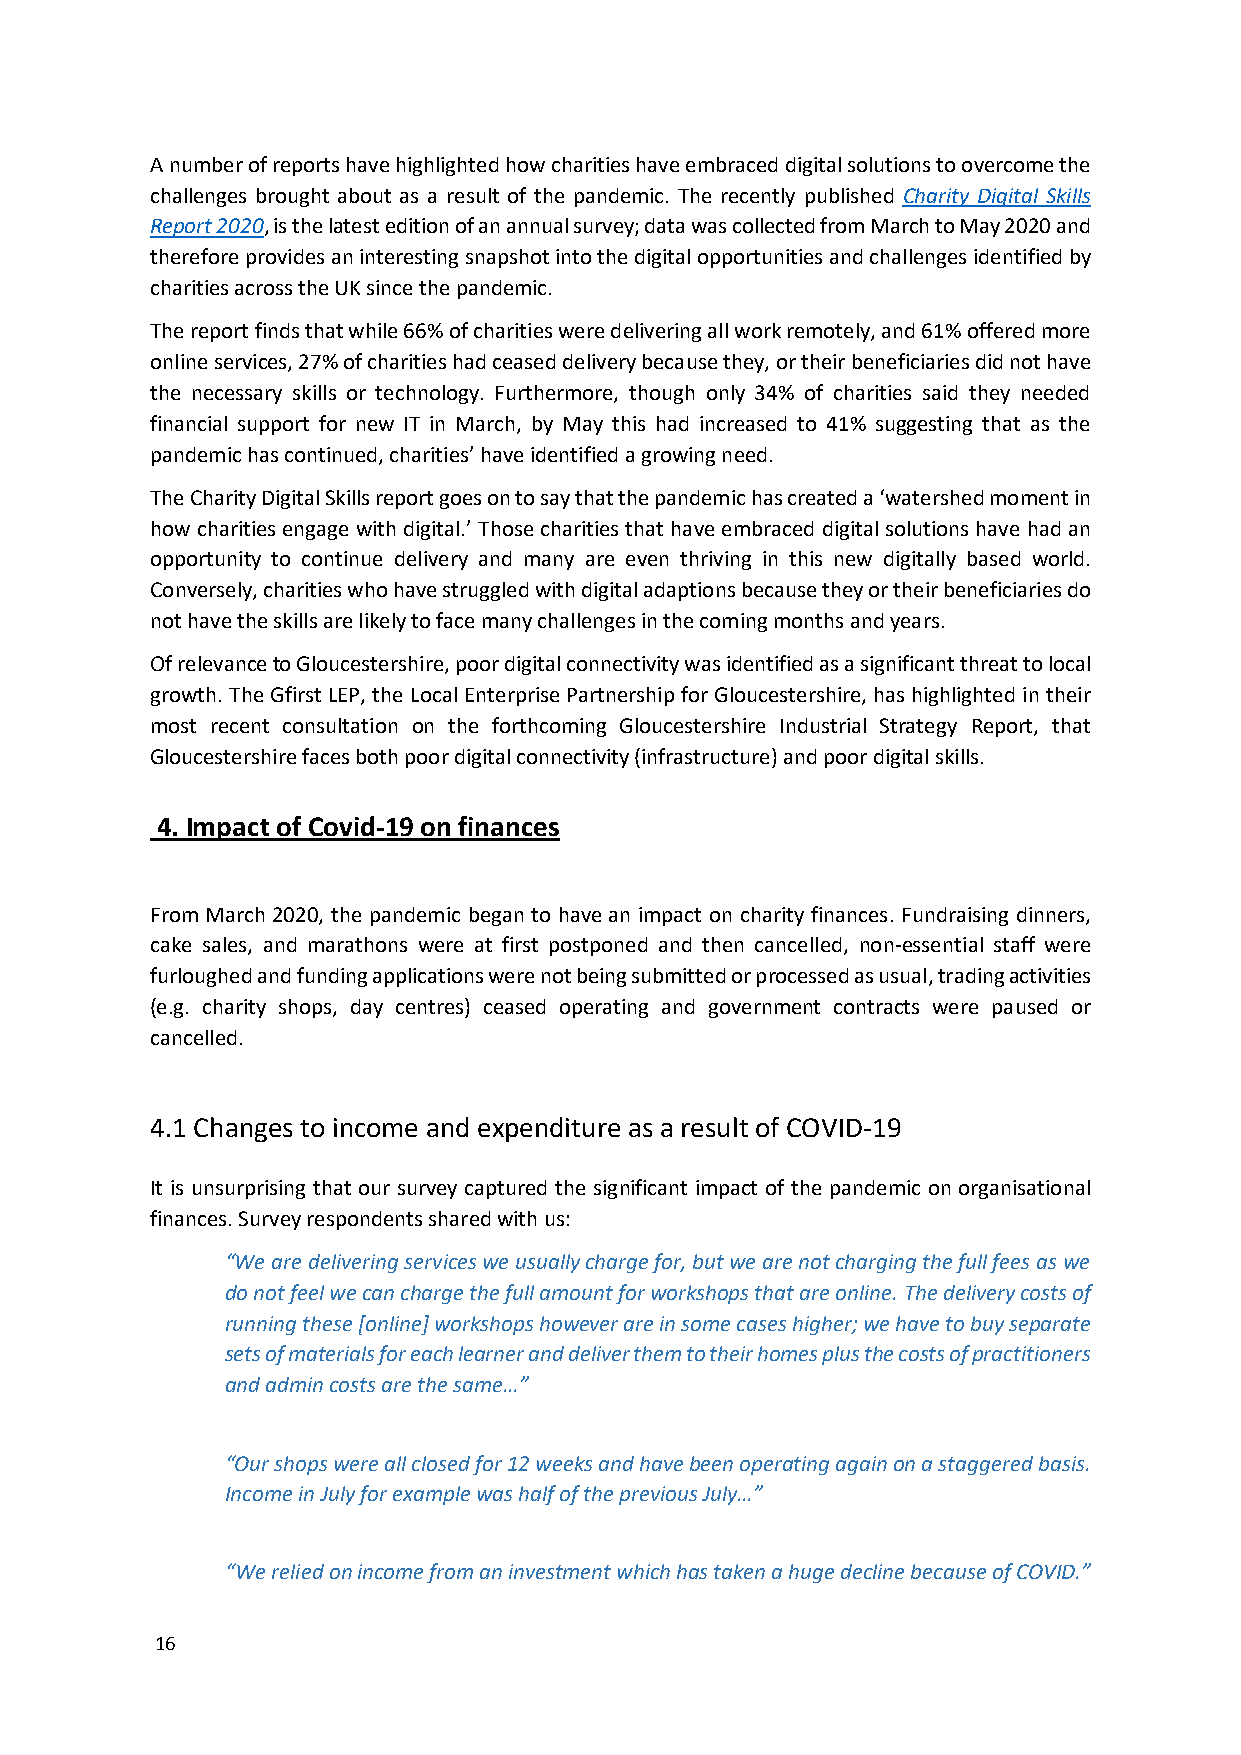
A number of reports have highlighted how charities have embraced digital solutions to overcome the
 challenges brought about as a result of the pandemic. The recently published Charity Digital Skills
 Report 2020, is the latest edition of an annual survey; data was collected from March to May 2020 and
 therefore provides an interesting snapshot into the digital opportunities and challenges identified by
 charities across the UK since the pandemic.
 The report finds that while 66% of charities were delivering all work remotely, and 61% offered more
 online services, 27% of charities had ceased delivery because they, or their beneficiaries did not have
 the necessary skills or technology. Furthermore, though only 34% of charities said they needed
 financial support for new IT in March, by May this had increased to 41% suggesting that as the
 pandemic has continued, charities’ have identified a growing need.
 The Charity Digital Skills report goes on to say that the pandemic has created a ‘watershed moment in
 how charities engage with digital.’ Those charities that have embraced digital solutions have had an
 opportunity to continue delivery and many are even thriving in this new digitally based world.
 Conversely, charities who have struggled with digital adaptions because they or their beneficiaries do
 not have the skills are likely to face many challenges in the coming months and years.
 Of relevance to Gloucestershire, poor digital connectivity was identified as a significant threat to local
 growth. The Gfirst LEP, the Local Enterprise Partnership for Gloucestershire, has highlighted in their
 most recent consultation on the forthcoming Gloucestershire Industrial Strategy Report, that
 Gloucestershire faces both poor digital connectivity (infrastructure) and poor digital skills.
 4. Impact of Covid-19 on finances
 From March 2020, the pandemic began to have an impact on charity finances. Fundraising dinners,
 cake sales, and marathons were at first postponed and then cancelled, non-essential staff were
 furloughed and funding applications were not being submitted or processed as usual, trading activities
 (e.g. charity shops, day centres) ceased operating and government contracts were paused or
 cancelled.
 4.1 Changes to income and expenditure as a result of COVID-19
 It is unsurprising that our survey captured the significant impact of the pandemic on organisational
 finances. Survey respondents shared with us:
 “We are delivering services we usually charge for, but we are not charging the full fees as we
 do not feel we can charge the full amount for workshops that are online. The delivery costs of
 running these [online] workshops however are in some cases higher; we have to buy separate
 sets of materials for each learner and deliver them to their homes plus the costs of practitioners
 and admin costs are the same…”
 “Our shops were all closed for 12 weeks and have been operating again on a staggered basis.
 Income in July for example was half of the previous July…”
 “We relied on income from an investment which has taken a huge decline because of COVID.”
 16